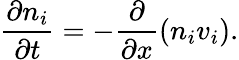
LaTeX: \frac{\partial n_{i}}{\partial t}=-\frac{\partial}{\partial x}(n_{i}v_{i}).